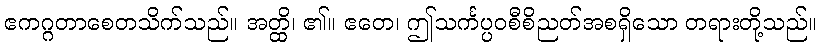
ဧကဂ္ဂတာစေတသိက်သည်။ အတ္ထိ၊ ၏။ ဧတေ၊ ဤသင်္ကပ္ပဝစီစိညတ်အစရှိသော တရားတို့သည်။